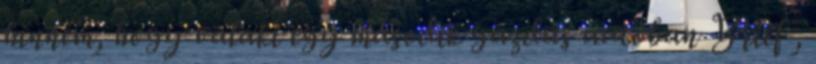
hinném, hogy valaki egy második gazdás autóban Brief ,